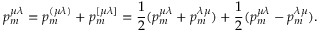
p _ { m } ^ { \mu \lambda } = p _ { m } ^ { ( \mu \lambda ) } + p _ { m } ^ { [ \mu \lambda ] } = \frac 1 2 ( p _ { m } ^ { \mu \lambda } + p _ { m } ^ { \lambda \mu } ) + \frac 1 2 ( p _ { m } ^ { \mu \lambda } - p _ { m } ^ { \lambda \mu } ) .